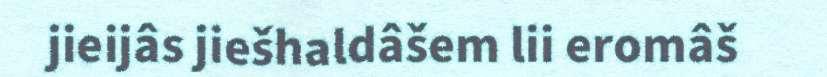
jieijâs jiešhaldâšem lii eromâš